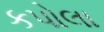
કપોલા